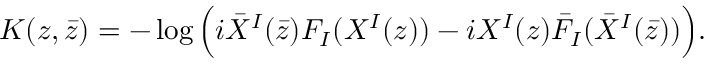
K ( z , \bar { z } ) = - \log \Big ( i \bar { X } ^ { I } ( \bar { z } ) F _ { I } ( X ^ { I } ( z ) ) - i X ^ { I } ( z ) \bar { F } _ { I } ( \bar { X } ^ { I } ( \bar { z } ) ) \Big ) .